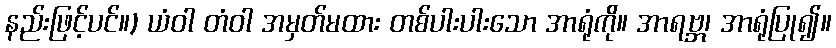
နည်းဖြင့်ပင်။) ယံဝါ တံဝါ အမှတ်မထား တစ်ပါးပါးသော အာရုံကို။ အာရဗ္ဘ၊ အာရုံပြု၍။